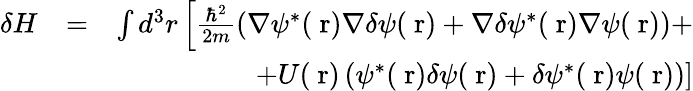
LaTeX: \begin{array}{rlr}{\delta H}&{=}&{\int d^{3}r\left[\frac{\hbar^{2}}{2m}\left(\nabla\psi^{*}(\mathrm{\mathbf~r})\nabla\delta\psi(\mathrm{\mathbf~r})+\nabla\delta\psi^{*}(\mathrm{\mathbf~r})\nabla\psi(\mathrm{\mathbf~r})\right)+\right.}\\ &{}&{\left.+U(\mathrm{\mathbf~r})\left(\psi^{*}(\mathrm{\mathbf~r})\delta\psi(\mathrm{\mathbf~r})+\delta\psi^{*}(\mathrm{\mathbf~r})\psi(\mathrm{\mathbf~r})\right)\right]}\end{array}